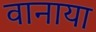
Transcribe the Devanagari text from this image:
वानाया